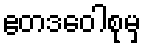
ဧတဒဝေါစုမှ